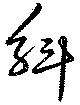
斛